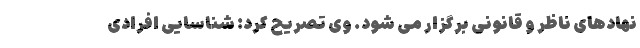
نهادهای ناظر و قانونی برگزار می شود. وی تصریح کرد: شناسایی افرادی